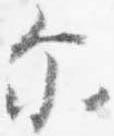
示